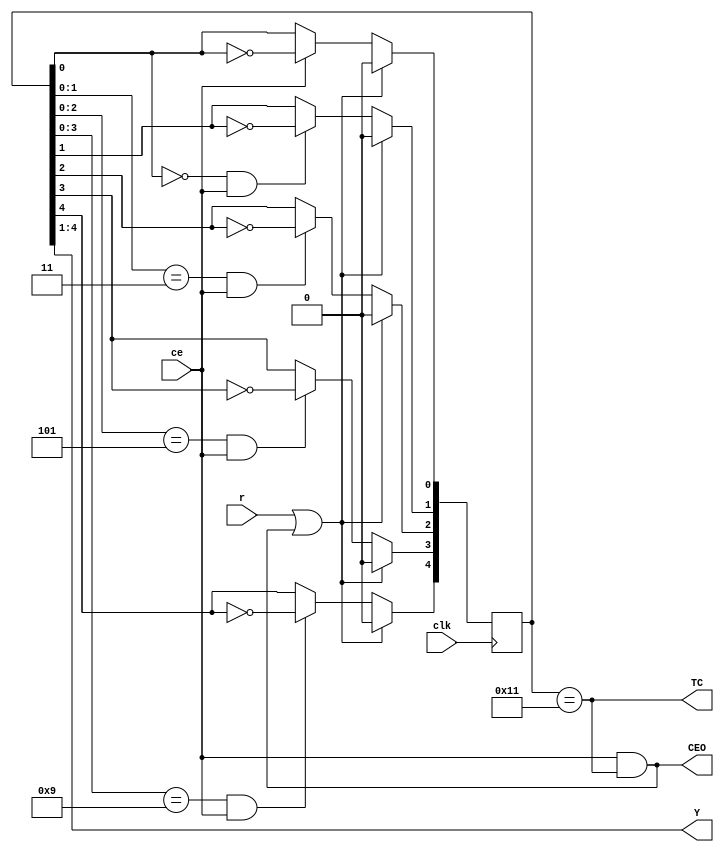
module VCGrey4Re ( input clk, output wire [3:0] Y, // 
input ce, output wire CEO,
input r, output wire TC);
reg [4:0]q = 0;
assign TC = (q[4:0]==((1<<4) | 1)) ;
assign CEO = ce & TC ;
assign Y = q[4:1] ;

always @ (posedge clk) begin
q[0] <= (r | CEO)? 0 : ce? !q[0]: q[0] ; //  
q[1] <= (r | CEO)? 0 : ((q[0]==0) & ce)? !q[1] : q[1];
q[2] <= (r | CEO)? 0 : ((q[1:0]==((1<<1) | 1)) & ce)? !q[2] : q[2] ;
q[3] <= (r | CEO)? 0 : ((q[2:0]==((1<<2) | 1)) & ce)? !q[3] : q[3] ;
q[4] <= (r | CEO)? 0 : ((q[3:0]==((1<<3) | 1)) & ce)? !q[4] : q[4] ;
end
endmodule